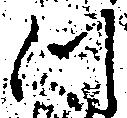
つ